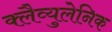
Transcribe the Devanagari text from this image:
क्लैव्युलेनिक